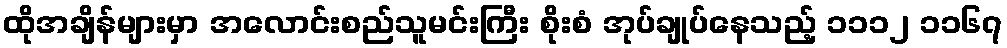
ထိုအချိန်များမှာ အလောင်းစည်သူမင်းကြီး စိုးစံ အုပ်ချုပ်နေသည့် ၁၁၁၂ ၁၁၆၇